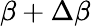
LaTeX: \beta+\Delta\beta